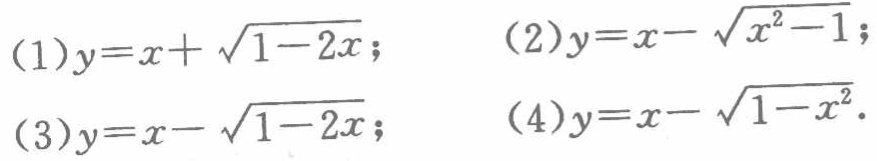
(1) \(y = x+\sqrt{1 - 2x}\); (2) \(y = x-\sqrt{x^{2}-1}\); (3) \(y = x-\sqrt{1 - 2x}\); (4) \(y = x-\sqrt{1 - x^{2}}\).